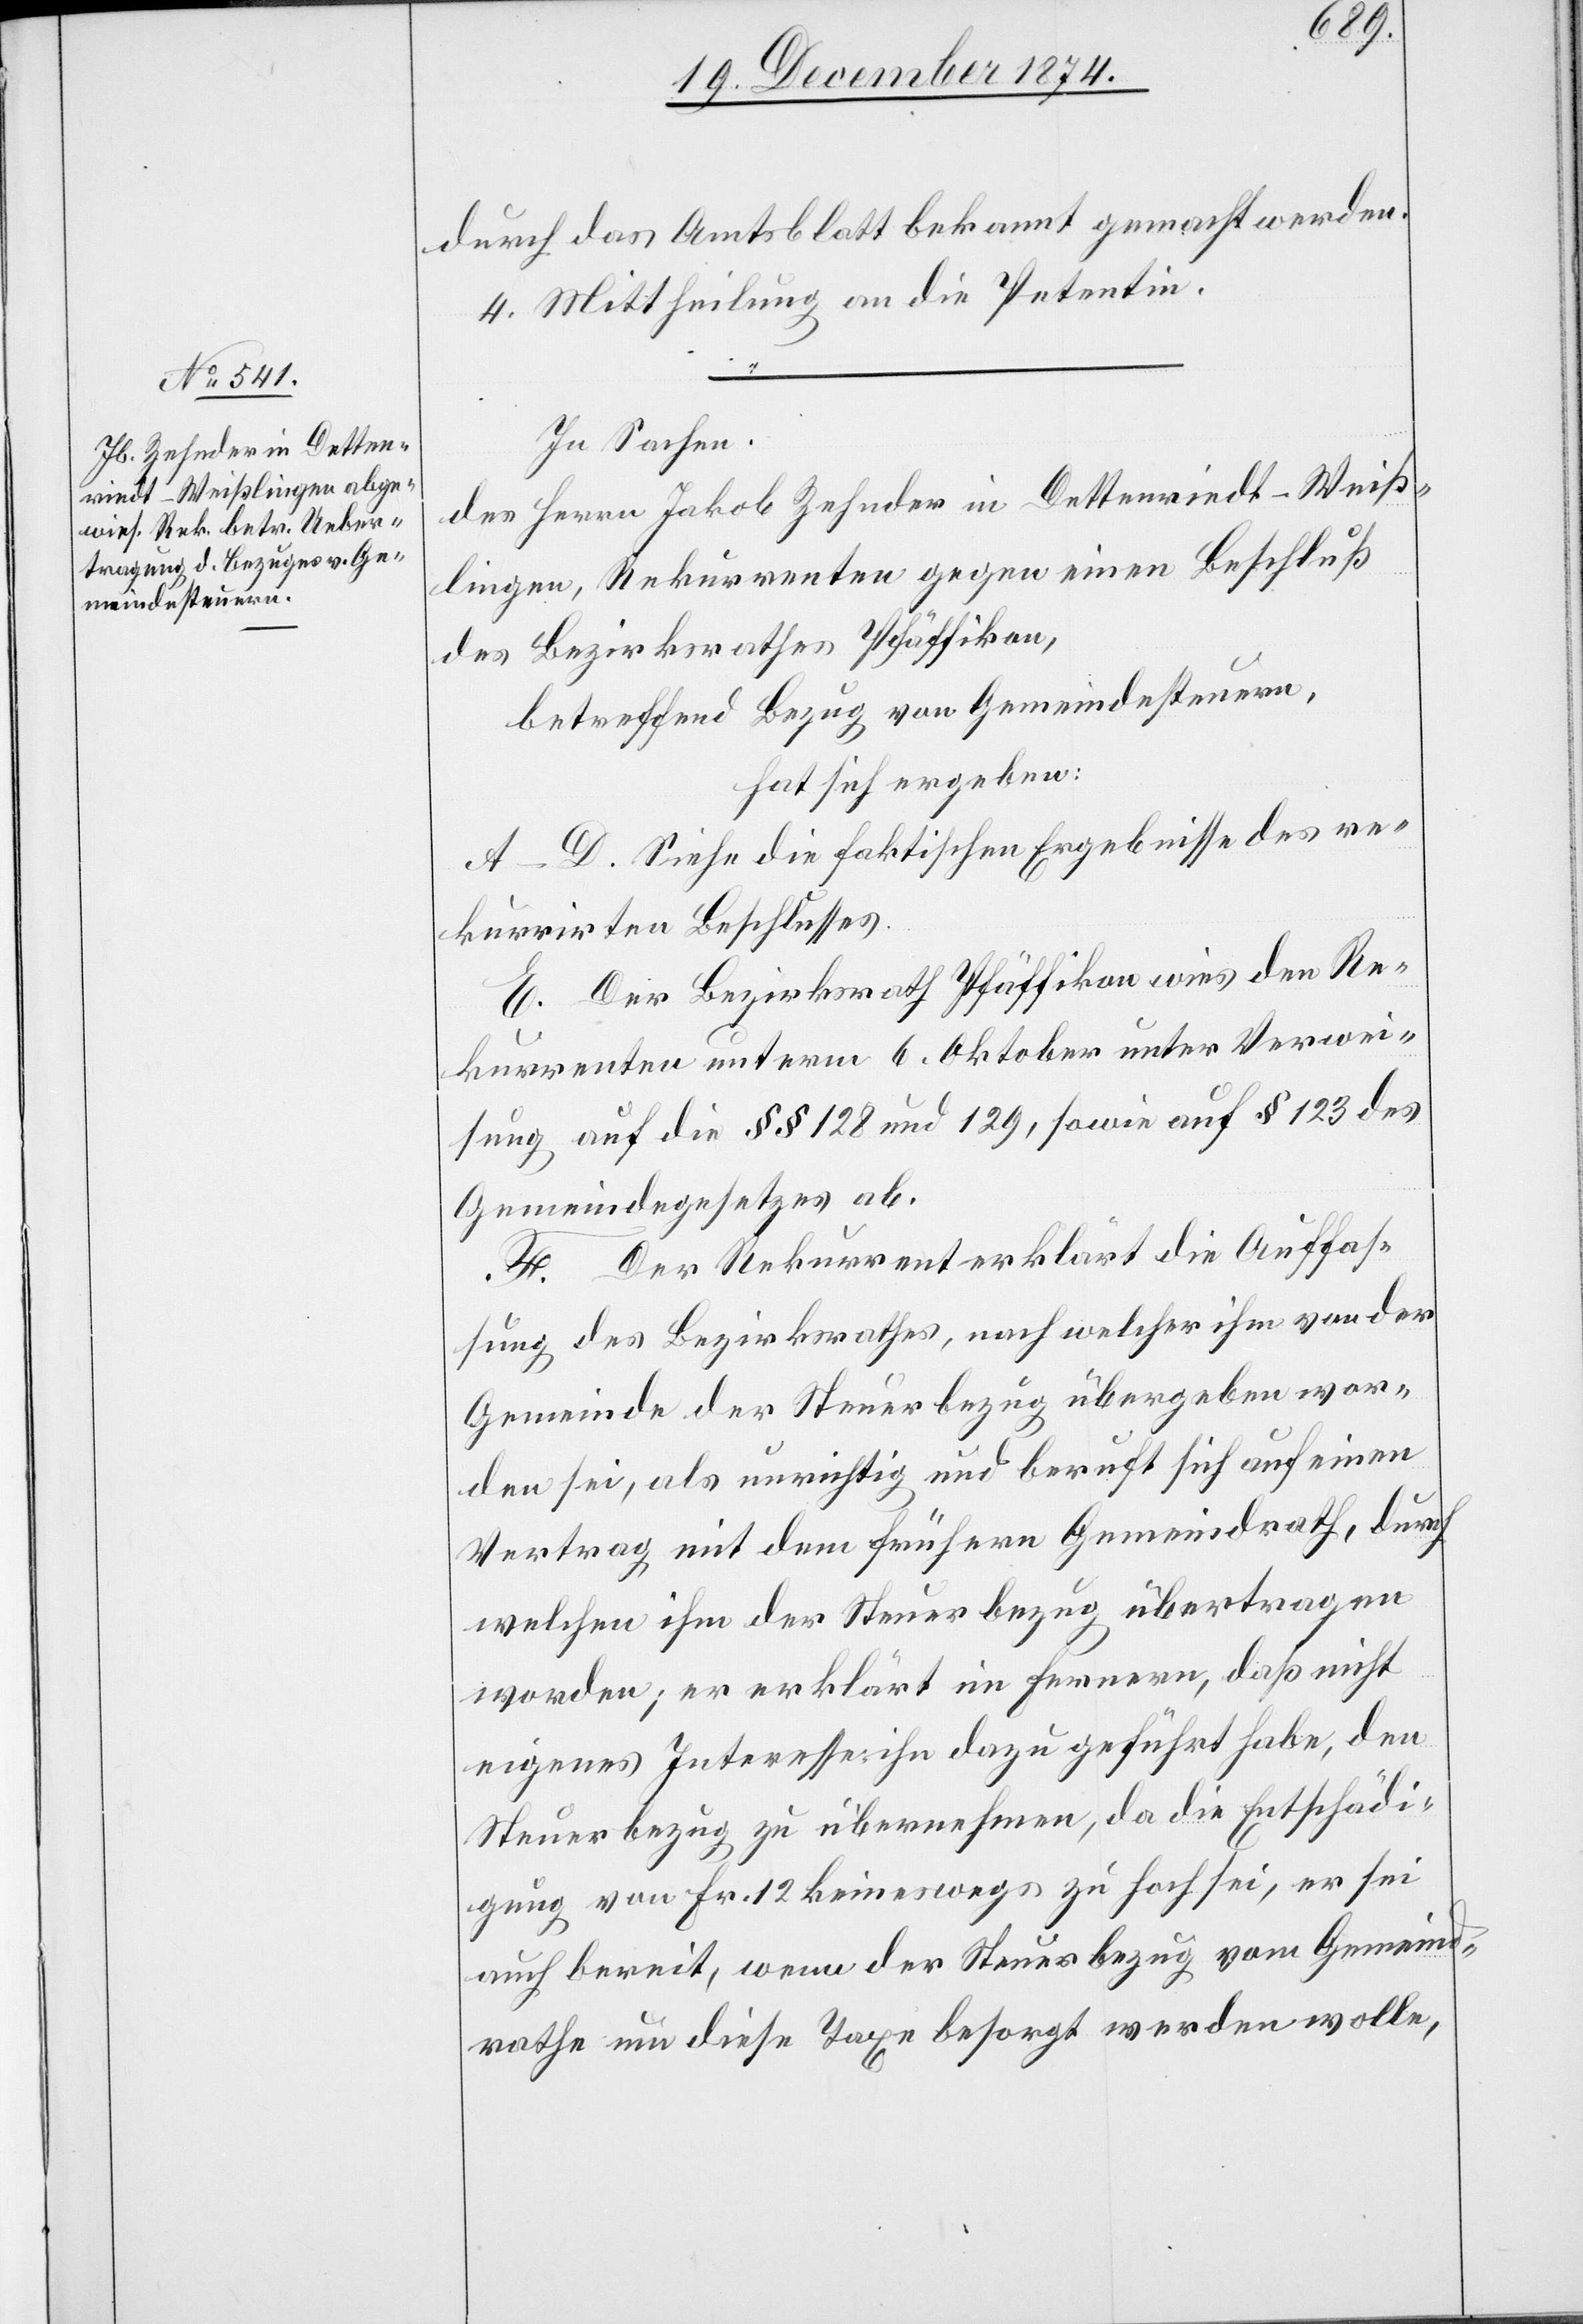
durch das Amtsblatt bekannt gemacht werden.
4. Mittheilung an die Petentin.
In Sachen
des Herrn Jakob Zehnder in Dettenriedt-Weiß¬
lingen, Rekurrenten gegen einen Beschluß
des Bezirksrathes Pfäffikon,
betreffend Bezug von Gemeindesteuern,
hat sich ergeben:
A–D. Siehe die faktischen Ergebnisse des re¬
kurrirten Beschlusses.
E. Der Bezirksrath Pfäffikon wies den Re¬
kurrenten unterm 6. Oktober unter Verwei¬
sung auf die §§ 128 und 129, sowie auf § 123 des
Gemeindegesetzes ab.
F. Der Rekurrent erklärt die Auffas¬
sung des Bezirksrathes, nach welcher ihm von der
Gemeinde der Steuerbezug übergeben wor¬
den sei, als unrichtig und beruft sich auf einen
Vertrag mit dem frühern Gemeindrath, durch
welchen ihm der Steuerbezug übertragen
worden; er erklärt im Fernern, daß nicht
eigenes Interesse ihn dazu geführt habe, den
Steuerbezug zu übernehmen, da die Entschädi¬
gung von Fr. 12 keineswegs zu hoch sei, er sei
auch bereit, wenn der Steuerbezug vom Gemeind¬
rathe um diese Taxe besorgt werden wolle,